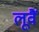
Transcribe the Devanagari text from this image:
लूवैं